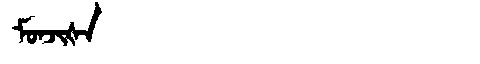
Manchu: ᠮᠣᠨᠵᡳᡧᠠ
Romanization: MONJIŠA